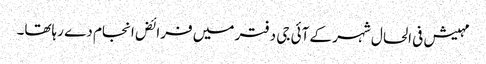
مہیش فی الحال شہر کے آئی جی دفتر میں فرائض انجام دے رہاتھا۔